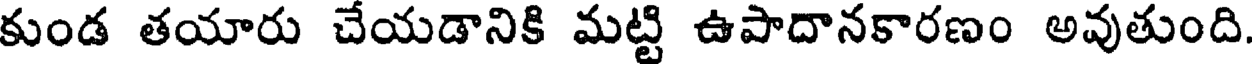
కుండ తయారు చేయడానికి మట్టి ఉపాదానకారణం అవుతుంది